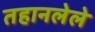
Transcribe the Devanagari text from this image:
तहानलेले